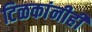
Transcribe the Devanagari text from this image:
टिळकांनीही